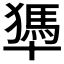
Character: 𠧀